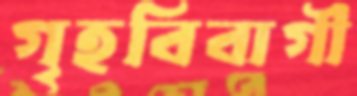
গৃহবিবাগী